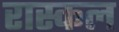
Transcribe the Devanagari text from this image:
रास्कल